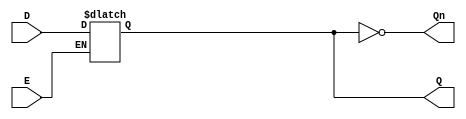
module async_gated_latch (
    input wire D,           // Data input
    input wire E,           // Enable signal
    output reg Q,          // Output Q
    output wire Qn         // Complementary output Q'
);

// Complementary output
assign Qn = ~Q;

// Asynchronous behavior
always @(*) begin
    if (E) begin
        Q = D;             // Capture data when Enable is high
    end
    // When E is low, Q retains its previous value (no change)
end

endmodule